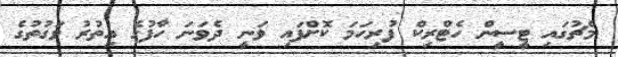
މެޗުގައި ޓީސީން ހެޓްރިކް ފުރިހަމަ ކޮށްފައި ވަނީ ދެވަނަ ހާފުގެ އިތުރު ވަގުތުގެ